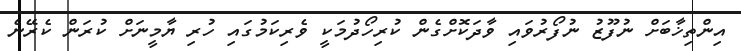
އިންތިޚާބަށް ނުފޫޒު ނުފޯރުވައި ވާދަކޮށްގެން ކުރިހޯދުމަކީ ވެރިކަމުގައި ހުރި ޔާމީނަށް ކުރަން ކެރޭނެ